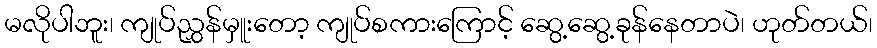
မလိုပါဘူး၊ ကျုပ်ညွှန်မှူးတော့ ကျုပ်စကားကြောင့် ဆွေ့ဆွေ့ခုန်နေတာပဲ၊ ဟုတ်တယ်၊